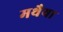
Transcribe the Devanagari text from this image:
मथैया